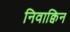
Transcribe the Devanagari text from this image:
निवाक्विन